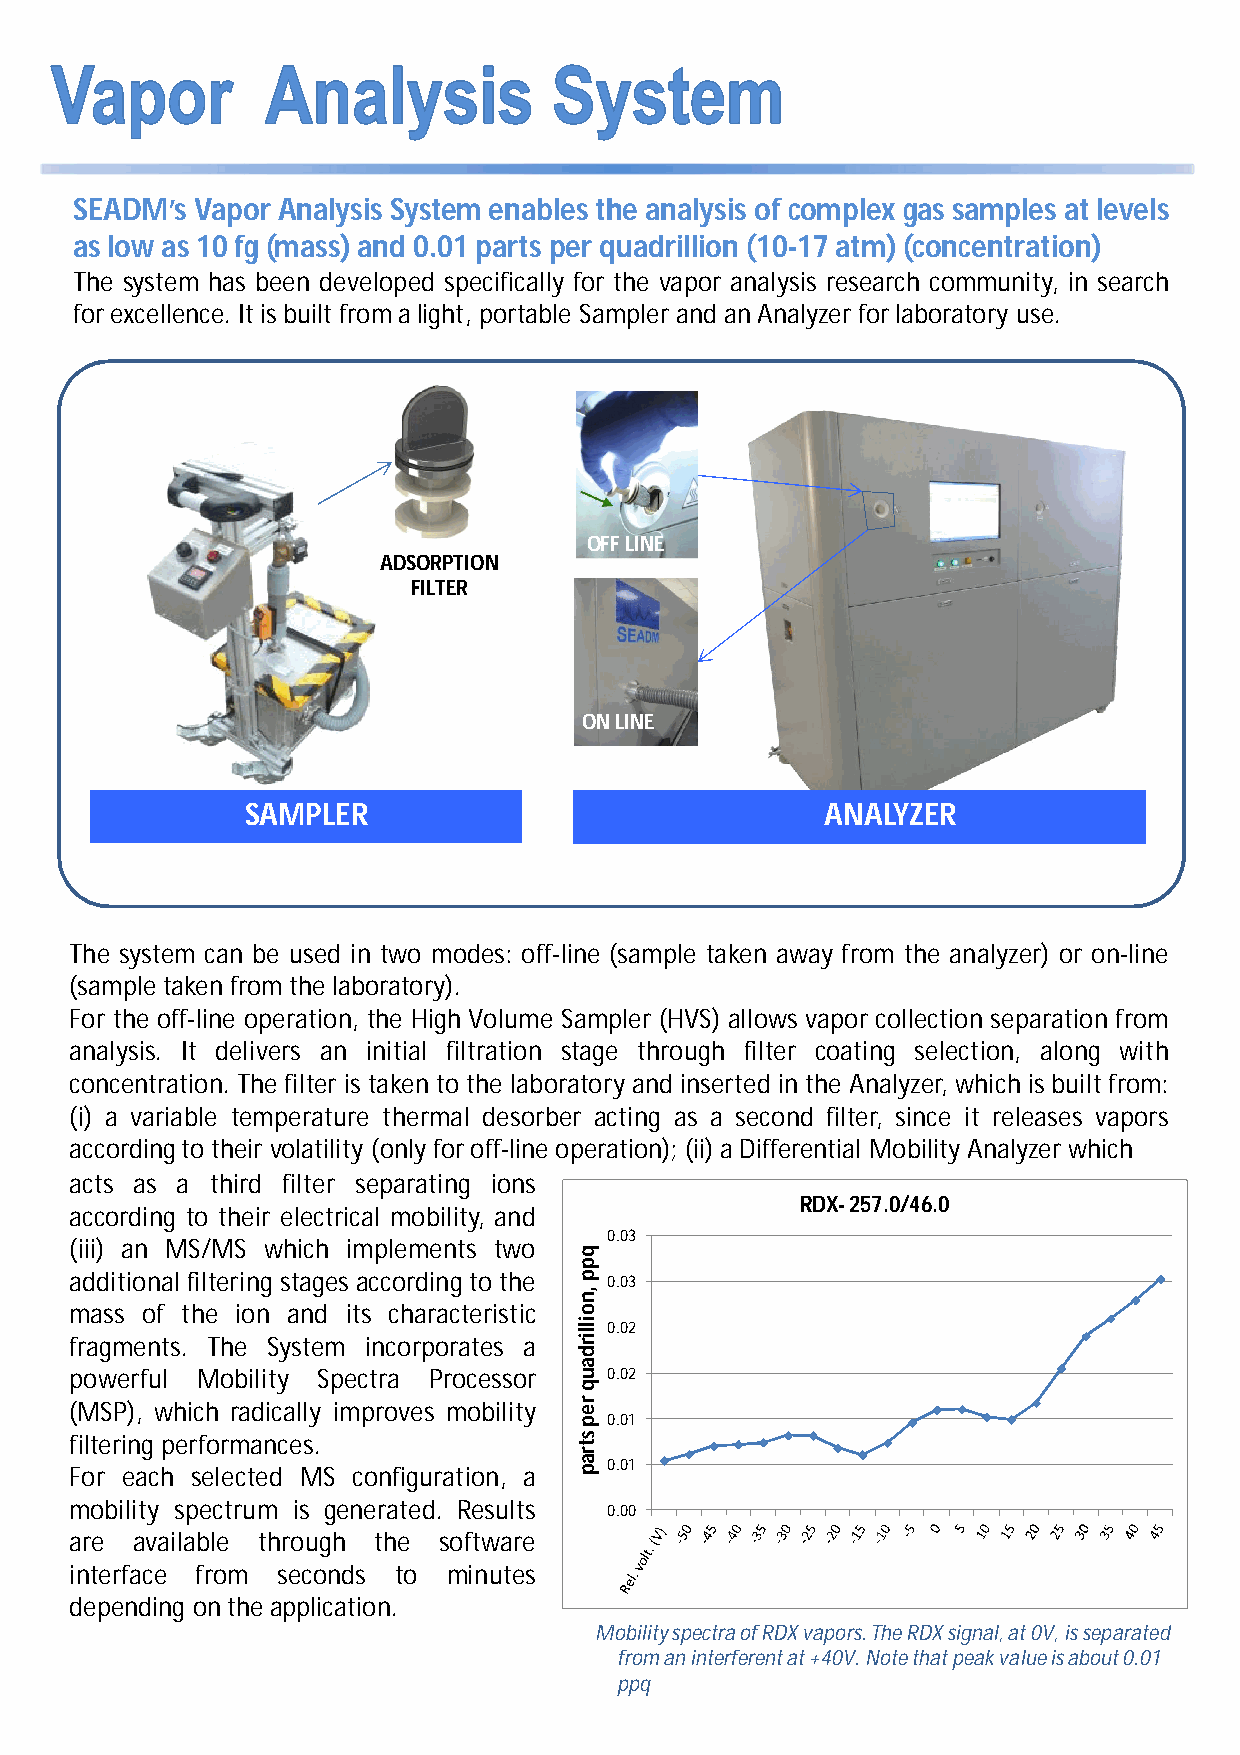
SEADM’s Vapor Analysis System enables the analysis of complex gas samples at levels
 aslow as 10 fg (mass)and 0.01 parts per quadrillion (10-17 atm) (concentration)
 The system has been developed specifically for the vapor analysis research community, in search
 forexcellence. Itis built fromalight, portable Sampler and anAnalyzer forlaboratory use.
 OFF LINE
 ADSORPTION
 FILTER
 ON LINE
 ON LINE
 SAMPLER                                ANALYZER
 The system can be used in two modes: off-line (sample taken away from the analyzer) or on-line
 (sample taken from the laboratory).
 For the off-line operation, the High Volume Sampler (HVS) allows vapor collection separation from
 analysis. It delivers an initial filtration stage through filter coating selection, along with
 concentration. The filter is taken to the laboratory and inserted in the Analyzer, which is built from:
 (i) a variable temperature thermal desorber acting as a second filter, since it releases vapors
 accordingto their volatility (only foroff-line operation); (ii) aDifferential Mobility Analyzer which
 acts as a third filter separating ions
 RDX-257.0/46.0
 according to their electrical mobility, and
 0.03
 (iii) an MS/MS which implements two
 additional filtering stages according to the 0.03
 mass of the ion and its characteristic
 0.02
 fragments. The System incorporates a
 powerful Mobility Spectra Processor 0.02
 (MSP), which radically improves mobility
 0.01
 filtering performances.
 0.01
 For each selected MS configuration, a
 mobility spectrum is generated. Results 0.00
 are available through the software
 interface from seconds to minutes
 depending on the application.
 Mobility spectra of RDX vapors. The RDX signal, at 0V, is separated
 from an interferent at +40V. Note that peak value is about 0.01
 ppq
 qpp
 ,noillirdauq
 rep
 strap